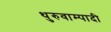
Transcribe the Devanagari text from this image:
थुरुवाम्पादी